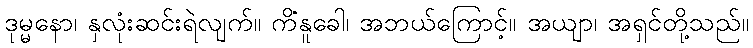
ဒုမ္မနော၊ နှလုံးဆင်းရဲလျက်။ ကိံနူခေါ၊ အဘယ်ကြောင့်။ အယျာ၊ အရှင်တို့သည်။